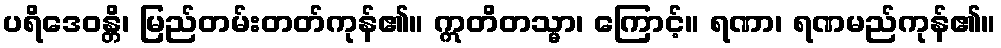
ပရိဒေဝန္တိ၊ မြည်တမ်းတတ်ကုန်၏။ ဣတိတသ္မာ၊ ကြောင့်။ ရဏာ၊ ရဏမည်ကုန်၏။